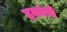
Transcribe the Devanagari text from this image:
हकांनी